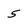
Character: 5